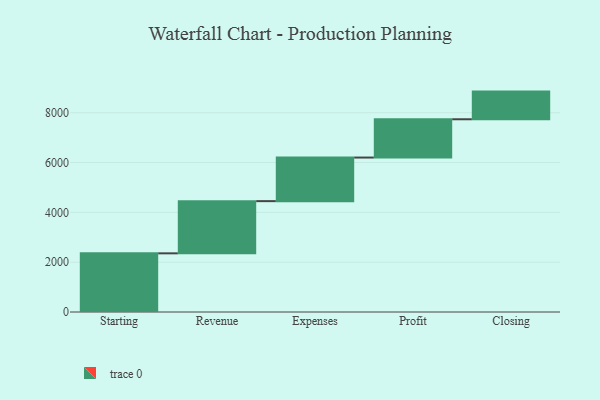
{"axis": {"x": "Step", "y": "Value"}, "legend": [""], "data": [{"x": "Starting", "y": 2355.0, "type": ""}, {"x": "Revenue", "y": 2096.0, "type": ""}, {"x": "Expenses", "y": 1750.0, "type": ""}, {"x": "Profit", "y": 1537.0, "type": ""}, {"x": "Closing", "y": 1111.0, "type": ""}]}